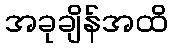
အခုချိန်အထိ